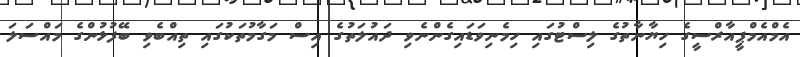
އެމްއެމްޕީއާރްސީގެ ހިޔާނާތުގެ ލިސްޓުގައި ހިމެނިވަޑައިގެންނެވި ދައުލަތުގެ އިސް މަގާމުތަކުގައި ތިއްބެވި ބޭފުޅުންގެ މައްސަލަ